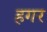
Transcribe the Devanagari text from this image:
हगर